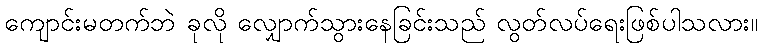
ကျောင်းမတက်ဘဲ ခုလို လျှောက်သွားနေခြင်းသည် လွတ်လပ်ရေးဖြစ်ပါသလား။